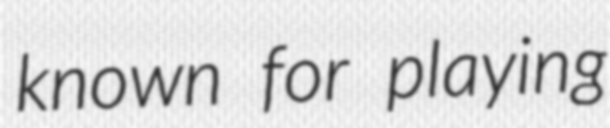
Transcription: known for playing